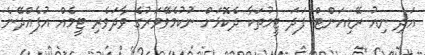
އަދި ނިއު ރޭޑިއަންޓް ފަދަ ޓީމުތަކާ ދެކޮޅަށް ނުކުމެވޭވަރުގެ ވާދަވެރި ޓީމެއް އުފެއްދޭނެ